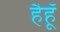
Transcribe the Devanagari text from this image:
हैहूँ